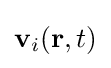
\mathbf {v} _{i}(\mathbf {r} ,t)